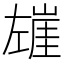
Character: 𰏍